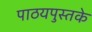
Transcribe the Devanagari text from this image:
पाठयपुस्तके